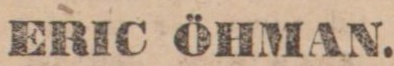
ERIC ÖHMAN.